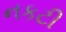
નકટી